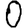
Digit: 0